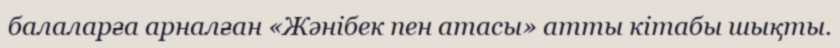
балаларға арналған «Жәнібек пен атасы» атты кітабы шықты.